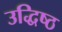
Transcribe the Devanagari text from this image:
उद्धिष्ठ